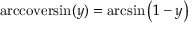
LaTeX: \operatorname { a r c c o v e r s i n } ( y ) = \arcsin \left( 1 - y \right)